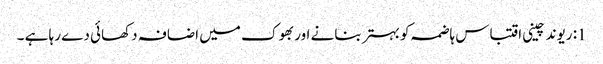
1: ریوند چینی اقتباس ہاضمہ کو بہتر بنانے اور بھوک میں اضافہ دکھائی دے رہا ہے ۔